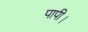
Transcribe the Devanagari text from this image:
पापी।